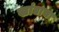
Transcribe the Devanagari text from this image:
खांद्याचा